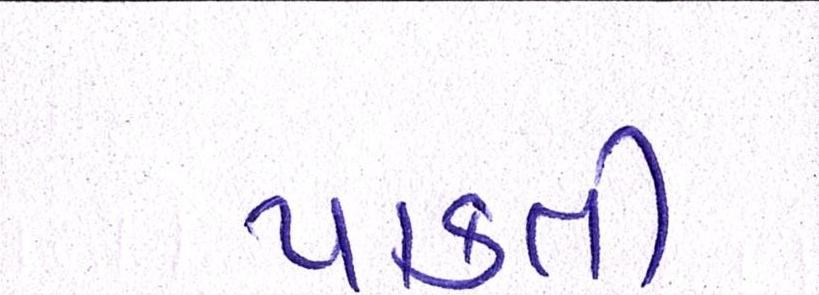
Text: પાકતી